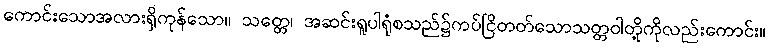
ကောင်းသောအလားရှိကုန်သော။ သတ္တေ၊ အဆင်းရူပါရုံစသည်၌ကပ်ငြိတတ်သောသတ္တဝါတို့ကိုလည်းကောင်း။